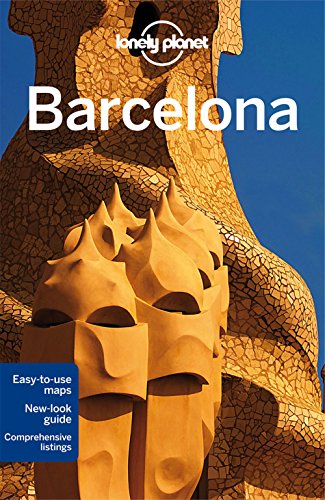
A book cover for Lonely Planet Barcelona (Travel Guide); Lonely Planet; Travel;